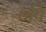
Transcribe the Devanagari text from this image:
७वि